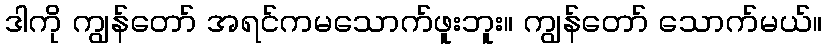
ဒါကို ကျွန်တော် အရင်ကမသောက်ဖူးဘူး။ ကျွန်တော် သောက်မယ်။